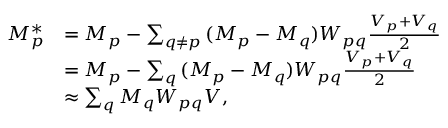
\begin{array} { r l } { M _ { p } ^ { * } } & { = M _ { p } - \sum _ { q \neq p } { ( M _ { p } - M _ { q } ) W _ { p q } \frac { V _ { p } + V _ { q } } { 2 } } } \\ & { = M _ { p } - \sum _ { q } { ( M _ { p } - M _ { q } ) W _ { p q } \frac { V _ { p } + V _ { q } } { 2 } } } \\ & { \approx \sum _ { q } { M _ { q } W _ { p q } V } , } \end{array}